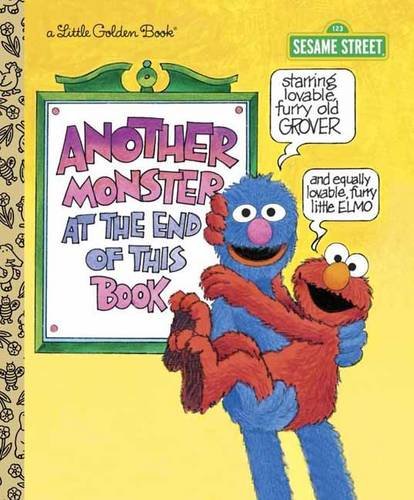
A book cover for Another Monster at the End of This Book (Sesame Street Ser.); Jon Stone; Children's Books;